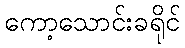
ကော့သောင်းခရိုင်